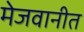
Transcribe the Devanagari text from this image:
मेजवानीत